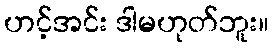
ဟင့်အင်း ဒါမဟုတ်ဘူး။